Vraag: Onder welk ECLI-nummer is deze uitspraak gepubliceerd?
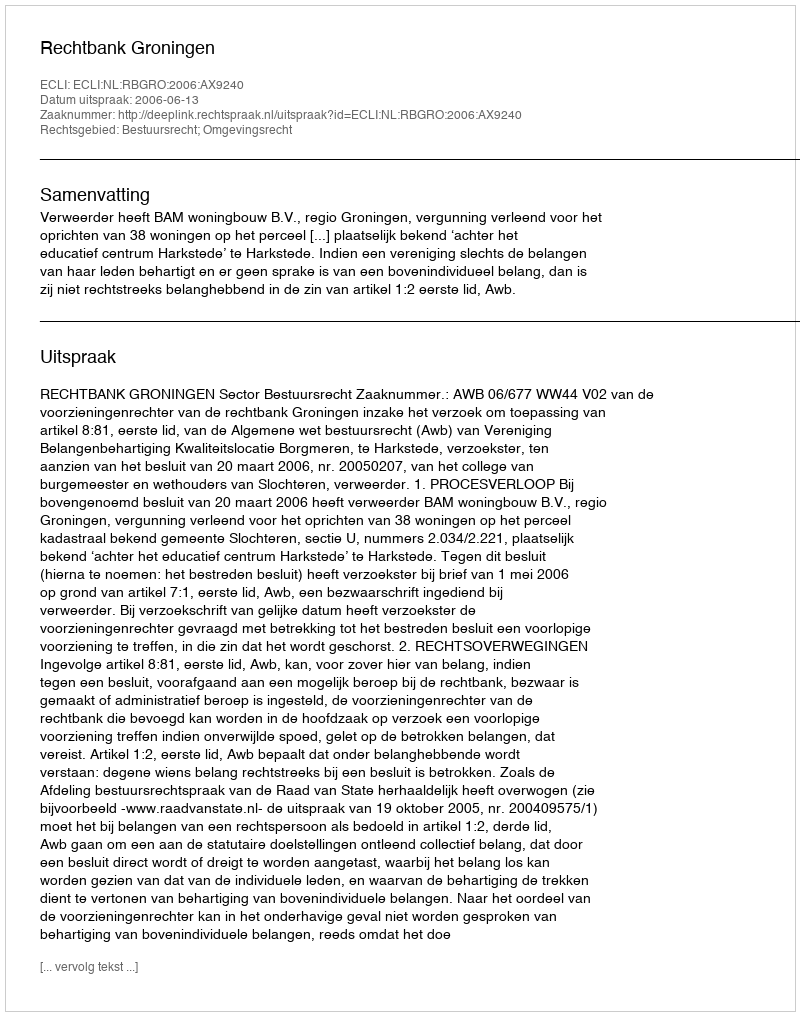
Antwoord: ECLI:NL:RBGRO:2006:AX9240